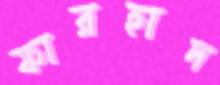
ফারহাদ